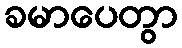
ခမာပေတွာ